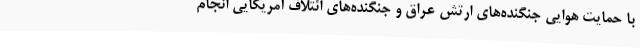
با حمایت هوایی جنگنده‌های ارتش عراق و جنگنده‌های ائتلاف آمریکایی انجام